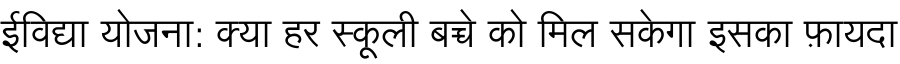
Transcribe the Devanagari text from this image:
ईविद्या योजना: क्या हर स्कूली बच्चे को मिल सकेगा इसका फ़ायदा